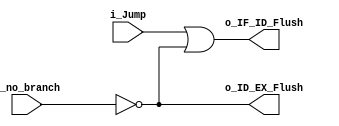
module Control_Hazard
(
    input wire i_Jump,
    input wire i_no_branch,
    output wire o_IF_ID_Flush,
    output wire o_ID_EX_Flush
);

    assign o_IF_ID_Flush = i_Jump || !i_no_branch;
    assign o_ID_EX_Flush = !i_no_branch;

endmodule